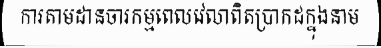
ការតាមដានចារកម្មពេលវេលាពិតប្រាកដក្នុងនាម